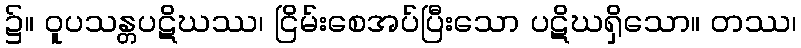
၌။ ဝူပသန္တပဋိဃဿ၊ ငြိမ်းစေအပ်ပြီးသော ပဋိဃရှိသော။ တဿ၊